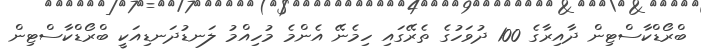
ބްރޯޑްކާސްޓިން ދާއިރާގެ 100 ދުވަހުގެ ތެރޭގައި ހިމެނޭ އެންމެ މުހިއްމު ލަނޑުދަނޑިއަކީ ބްރޯޑްކާސްޓިން